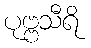
ပုဗ္ဗသီရိ